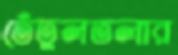
তেঁতুলতলার